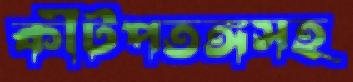
কীটপতঙ্গসহ